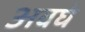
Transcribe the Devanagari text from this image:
अवघं